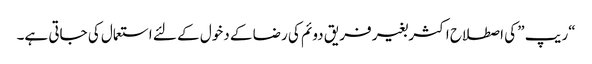
“ریپ ” کی اصطلاح اکثر بغیر فریق دوئم کی رضا کے دخول کے لئے استعمال کی جاتی ہے۔